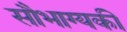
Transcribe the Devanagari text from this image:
सौभाग्यकी